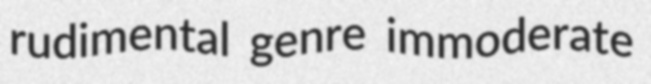
rudimental genre immoderate